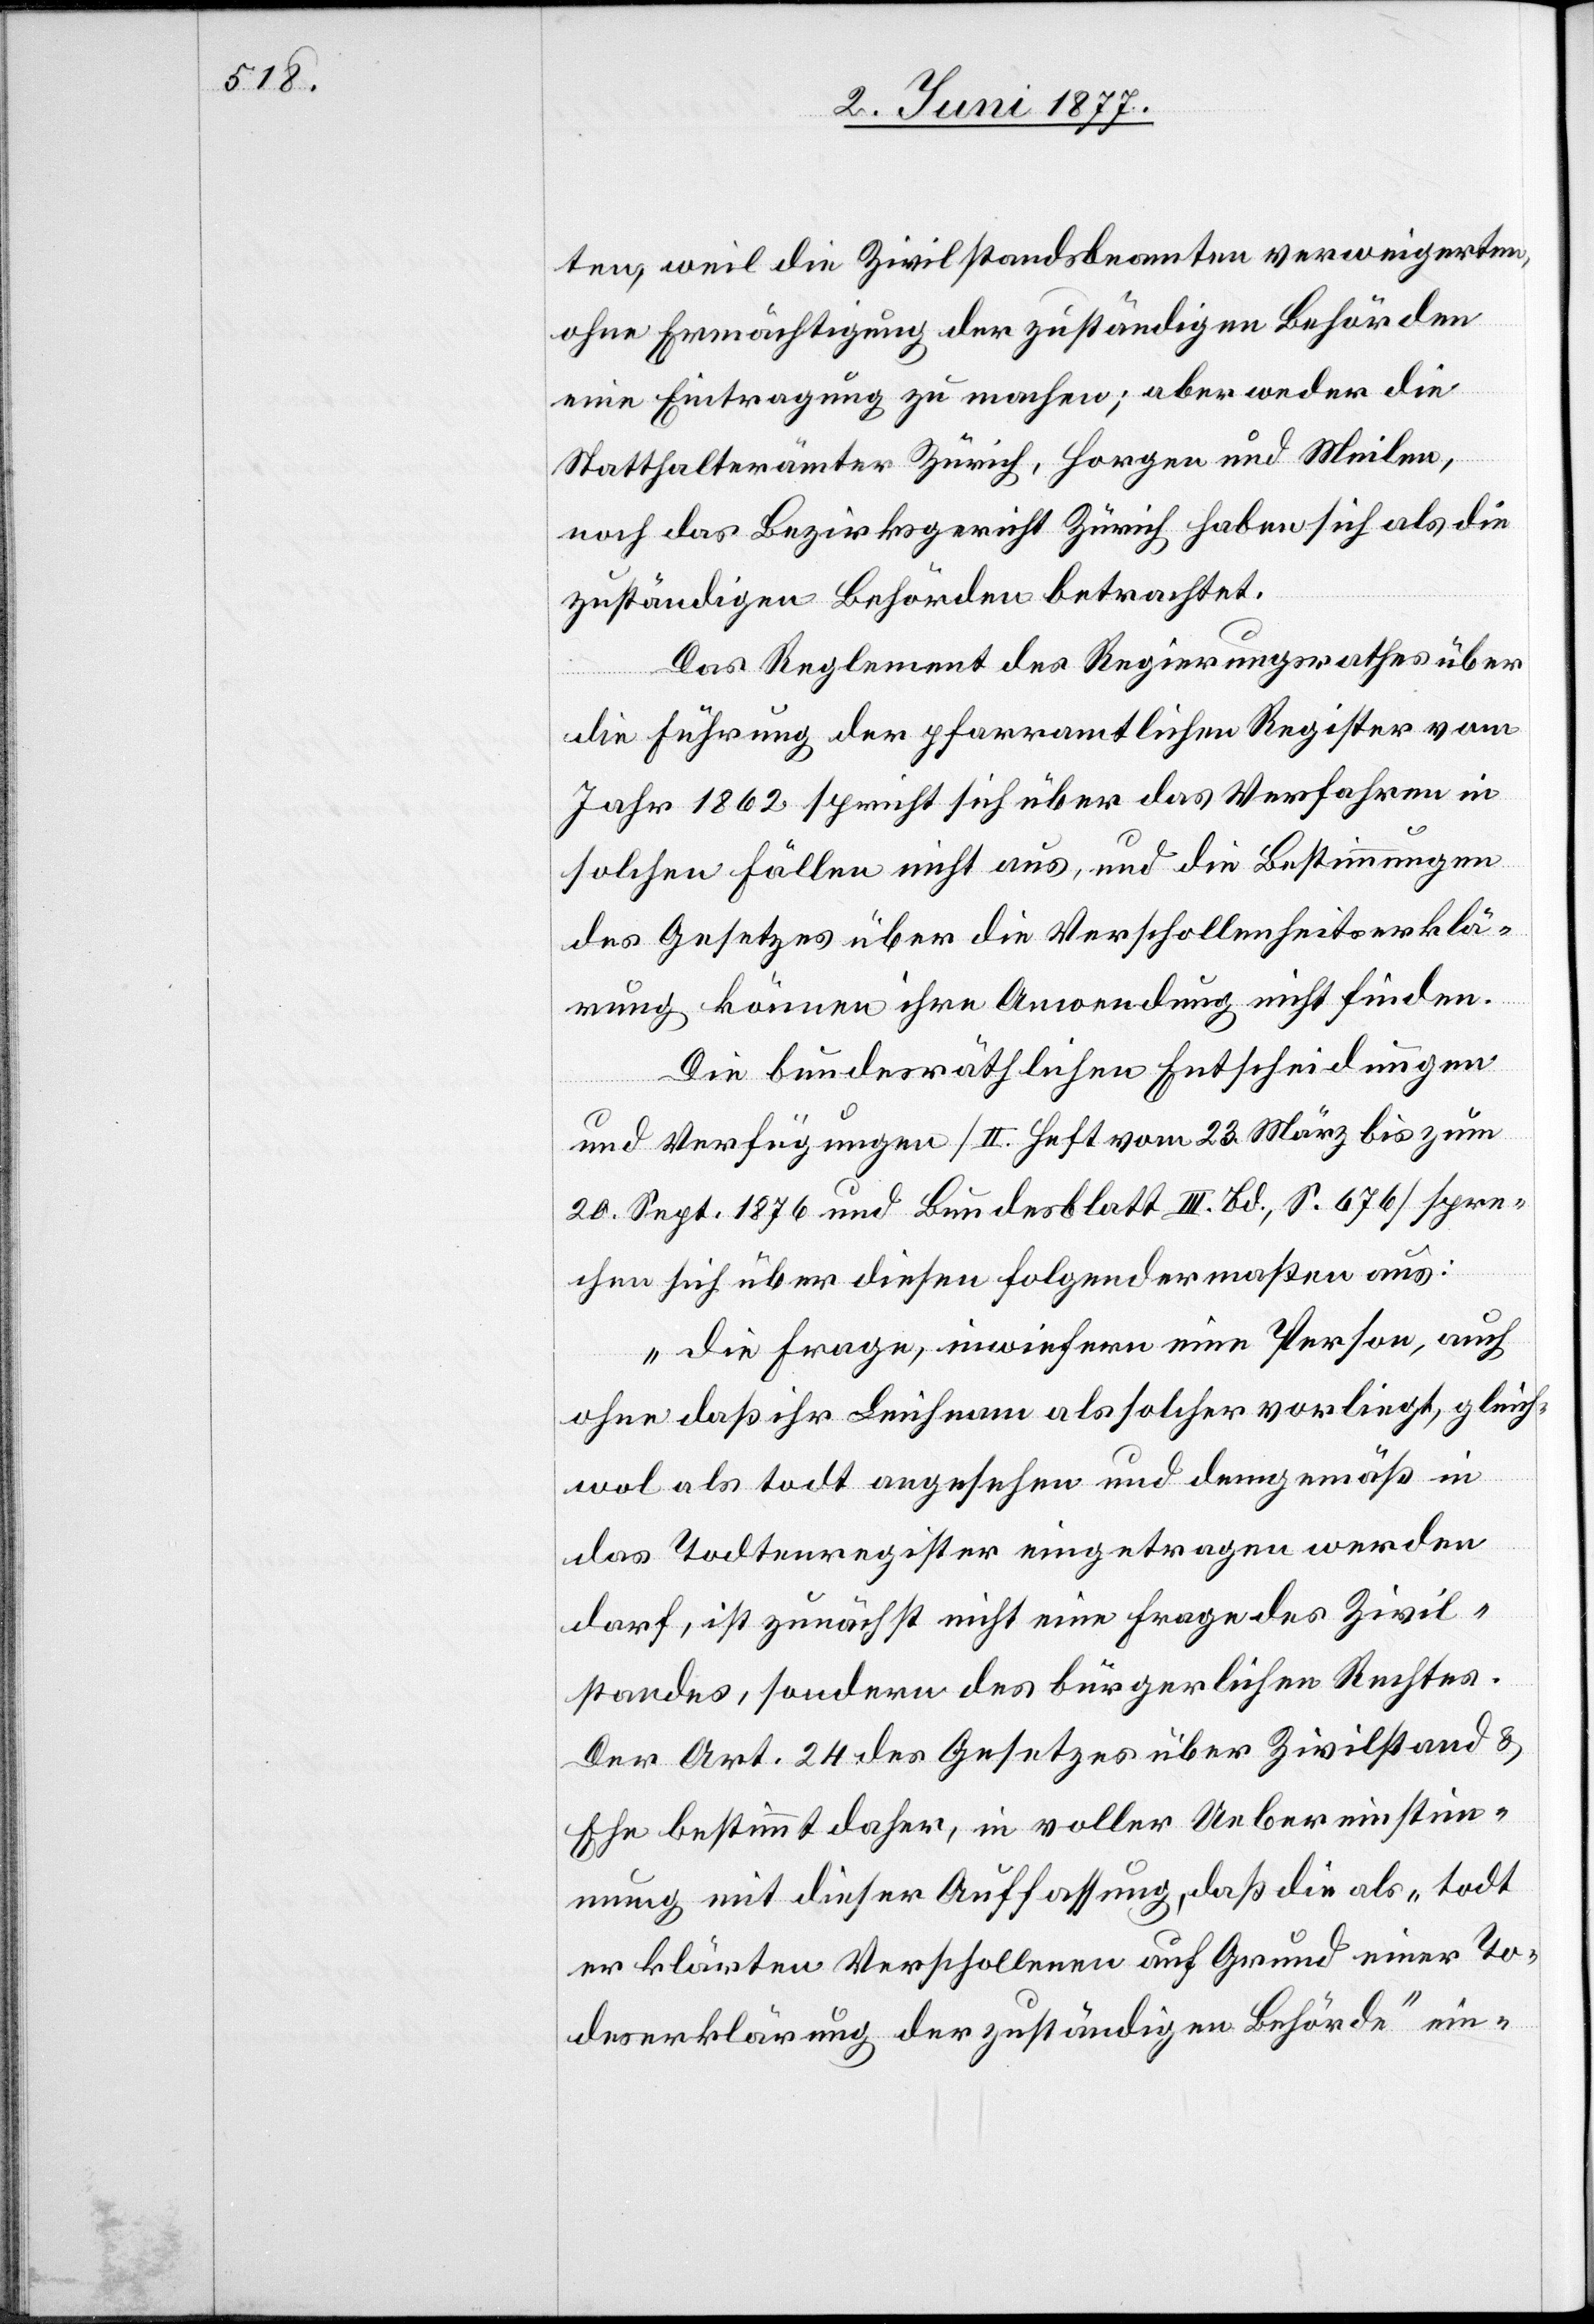
ten, weil die Zivilstandsbeamten verweigerten,
ohne Ermächtigung der zuständigen Behörden
eine Eintragung zu machen; aber weder die
Statthalterämter Zürich, Horgen und Meilen,
noch das Bezirksgericht Zürich haben sich als die
zuständigen Behörden betrachtet.
Das Reglement des Regierungsrathes über
die Führung der pfarramtlichen Register vom
Jahr 1862 spricht sich über das Verfahren in
solchen Fällen nicht aus, und die Bestimmungen
des Gesetzes über die Verschlossenheitserklä¬
rung können ihre Anwendung nicht finden.
Die bundesräthlichen Entscheidungen
und Verfügungen [II. Heft vom 23. März bis zum
20. Sept. 1876 und Bundesblatt III. Bd., S. 676] spre¬
chen sich über diesen folgendermaßen aus:
„Die Frage, inwiefern eine Person, auch
ohne daß ihr Leichnam als solcher vorliegt, gleich¬
wol als todt angesehen und demgemäß in
das Todtenregister eingetragen werden
darf, ist zunächst nicht eine Frage des Zivil¬
standes, sondern des bürgerlichen Rechtes.
Der Art. 24 des Gesetzes über Zivilstand &
Ehe bestimmt daher, in voller Uebereinstim¬
mung mit dieser Auffassung, daß die als „todt
erklärten Verschlossenen auf Grund einer To¬
deserklärung der zuständigen Behörde“ ein-